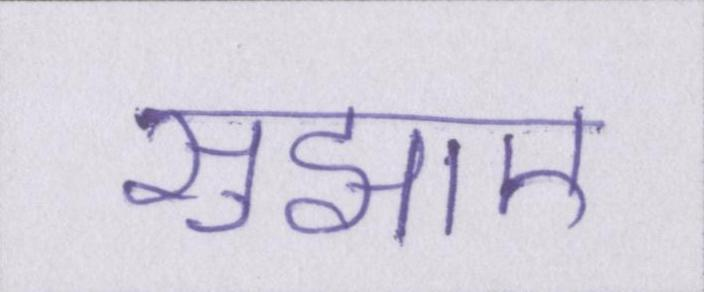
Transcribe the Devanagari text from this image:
सुझाए